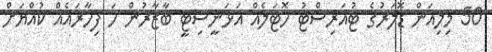
50 މިލިއަން ޑޮލަރުގެ ޓުއަރިސްޓު ހޮޓަލެއް އަޅަނީސިޓީ ބާޒާރުން ހަ ފިހާރައެއް ކުއްޔަށް